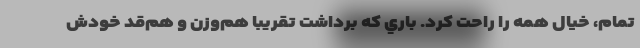
تمام، خيال همه را راحت كرد. باري كه برداشت تقريبا هم‌وزن و هم‌قد خودش